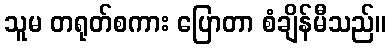
သူမ တရုတ်စကား ပြောတာ စံချိန်မီသည်။